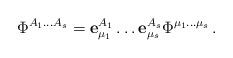
LaTeX: \begin{align*}\Phi^{A_1\ldots A_s}={\bf e}_{\mu_1}^{A_1}\ldots {\bf e}_{\mu_s}^{A_s}\Phi^{\mu_1 \ldots \mu_s}\,.\end{align*}